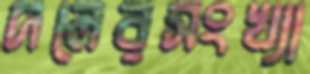
দলেরসংখ্যা